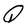
Character: Q